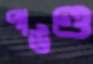
পাউণ্ড